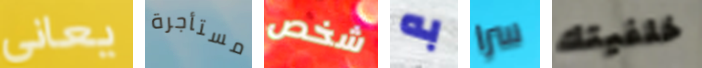
يعاني مستأجرة شخص به سرا خلفيتك